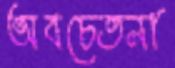
অবচেতনা